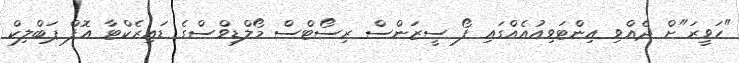
"ހަވީރަ"ށް ދެއްވި އިންޓަވިއުއެއްގައި ފޯ ސީޒަންސް ރިސޯޓްސް މޯލްޑިވްސްގެ ޑައިރެކްޓާ އޮފް ޕަބްލިކް